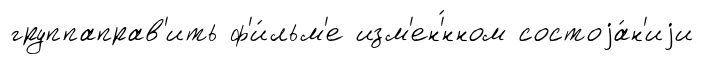
группаправ'ить ф'и́льм'е изм'ен'́нном состоjа́н'иjи